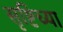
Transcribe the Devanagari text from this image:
सृष्टिच्या